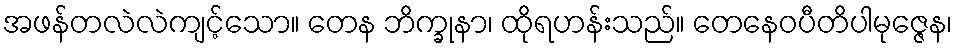
အဖန်တလဲလဲကျင့်သော။ တေန ဘိက္ခုနာ၊ ထိုရဟန်းသည်။ တေနေဝပီတိပါမုဇ္ဇေန၊